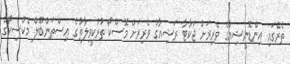
ތެރޭގައި އިންޑޮނީޝިއާގެ ވެރިރަށް ޖަކާޓާ ރަޝިއާގެ ވެރިރަށް މޮސްކޯ ތުރުކީވިލާތުގެ އިސްތަންބޫލް މެކްސިކޯގެ